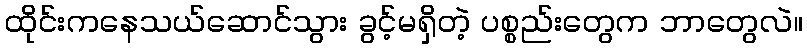
ထိုင်းကနေသယ်ဆောင်သွား ခွင့်မရှိတဲ့ ပစ္စည်းတွေက ဘာတွေလဲ။